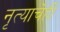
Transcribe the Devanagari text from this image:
नृत्याचेही